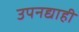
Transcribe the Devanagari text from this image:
उपनद्याही